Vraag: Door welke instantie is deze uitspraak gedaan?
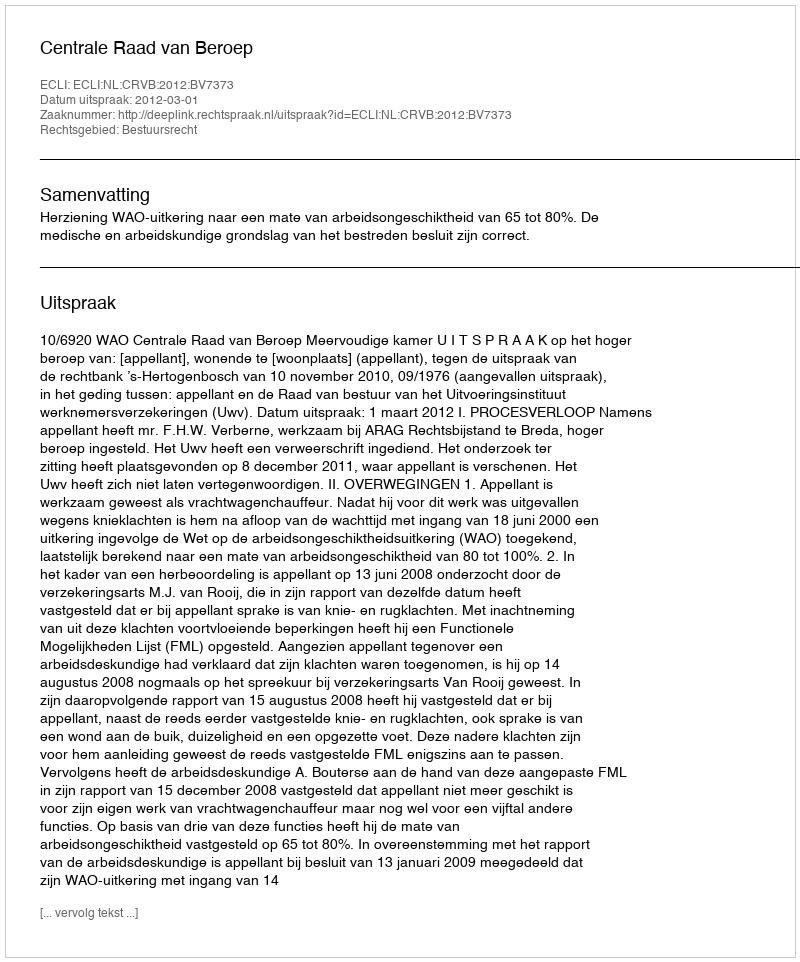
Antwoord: Centrale Raad van Beroep